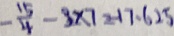
- \frac { 1 5 } { 4 } - 3 \times 7 = - 1 7 . 6 2 5